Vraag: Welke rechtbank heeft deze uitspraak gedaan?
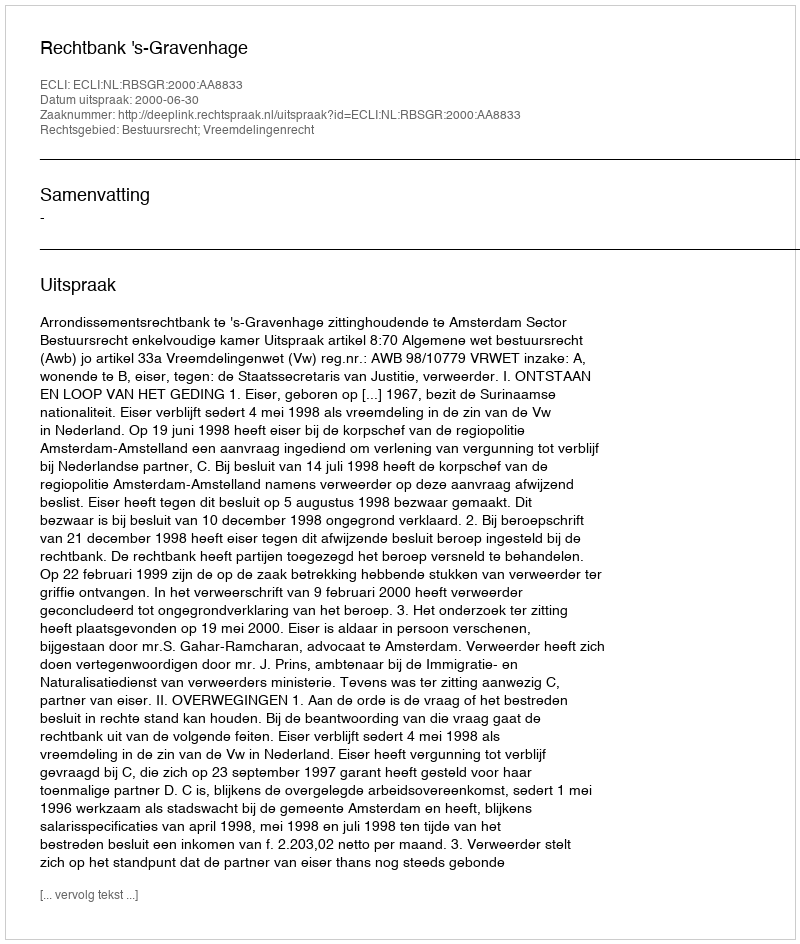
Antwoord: Rechtbank 's-Gravenhage